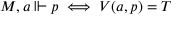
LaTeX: M , a \Vdash p \iff V ( a , p ) = T